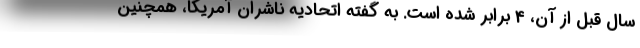
سال قبل از آن، 4 برابر شده است. به گفته اتحادیه ناشران آمریکا، همچنین